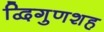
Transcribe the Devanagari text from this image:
द्विगुणशह